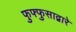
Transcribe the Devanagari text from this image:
फुफ्फुसाद्वारे